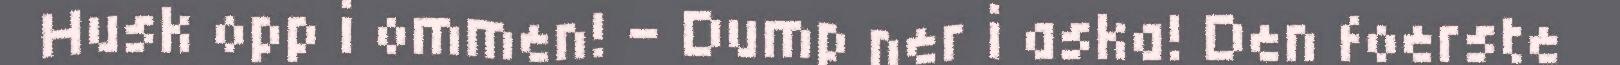
Husk opp i ommen! – Dump ner i aska! Den foerste